Lunatic asylums Madras 1892-1911 - 1892-1911
Year: 1892
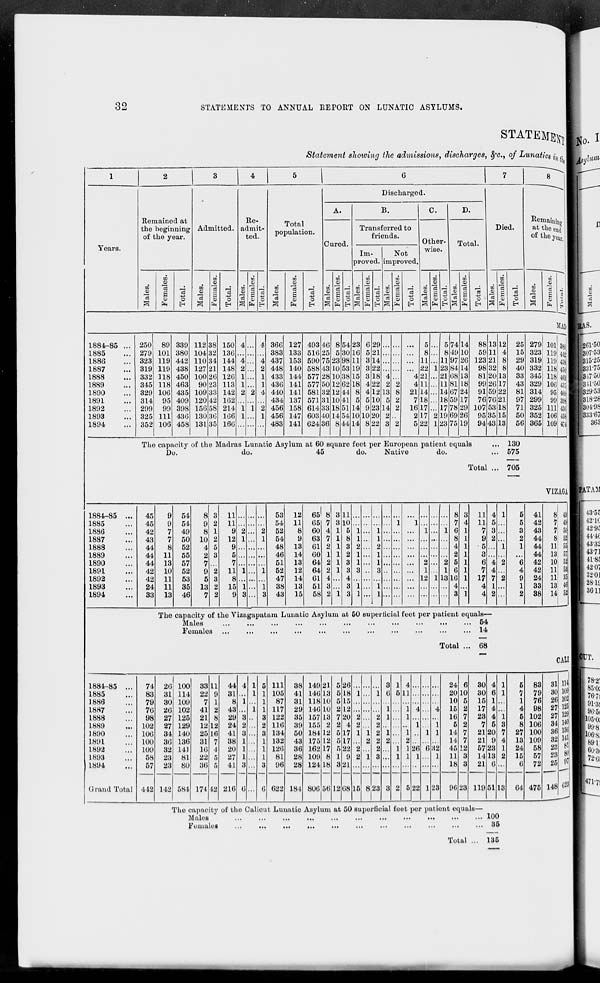
32
STATEMENTS TO ANNUAL REPORT ON LUNATIC ASYLUMS.
STATEMENT
Statement showing the admissions, discharges, &c., of Lunatics in the
1
Years.
2
Remained at
the beginning
of the year.
Males.
Females.
Total.
3
Admitted.
Males.
Females.
Total.
4
Re-
admit-
ted.
Males.
Females.
Total.
5
Total
population.
Males.
Females.
Total.
6
Discharged.
A.
Cured.
Males.
Females.
Total.
B.
Transferred to
friends.
Im-
proved.
Males.
Females.
Total.
Not
improved.
Males.
Females.
Total.
C.
Other-
wise.
Males.
Females.
Total.
D.
Total.
Males.
Females.
Total.
7
Died.
Males.
Females.
Total.
8
Remaining
at the end
of the year.
Males.
Females.
Total.
MAD
1884-85 ...
1885 ...
1886 ...
1887 ...
1888 ...
1889 ...
1890 ...
1891 ...
1892 ...
1893 ...
1894 ...
250
279
323
319
332
345
329
314
299
325
352
89
101
119
119
118
118
106
95
99
111
106
339
380
442
438
450
463
435
409
398
436
458
112
104
110
127
100
90
109
120
156
130
131
38
32
34
21
26
23
33
42
58
36
35
150
136
144
148
126
113
142
162
214
166
166
4
...
4
2
1
1
2
...
1
1
...
...
...
...
...
...
...
2
...
1
...
...
4
...
4
2
1
1
4
...
2
1
...
366
383
437
448
433
436
440
434
456
456
483
127
133
153
140
144
141
141
137
158
147
141
493
516
590
588
577
577
581
571
614
603
624
46
25
75
43
28
50
32
31
33
40
36
8
5
23
10
10
12
12
10
18
14
8
54
30
98
53
38
62
44
41
51
54
44
23
16
11
19
15
18
8
5
14
10
14
6
5
3
3
3
4
4
5
9
10
8
29
21
14
22
18
22
12
10
23
20
22
...
...
...
...
4
2
13
5
14
2
3
...
...
...
...
...
2
8
2
2
...
2
...
...
...
...
4
4
21
7
16
2
5
5
8
11
22
21
11
14
18
17
17
22
...
...
...
1
...
...
...
...
...
2
1
5
8
11
23
21
11
14
18
17
19
23
74
49
97
84
68
81
67
59
78
69
75
14
10
26
14
13
18
24
17
29
26
19
88
59
123
98
81
99
91
76
107
95
94
13
11
21
32
20
26
59
76
53
35
43
12
4
8
8
13
17
22
21
18
15
13
The capacity of the Madras Lunatic Asylum at 60 square feet per European patient equals ...
Do.
do.
45
do.
Native
do. ...
Total ...
25
15
29
40
33
43
81
97
71
50
56
130
575
705
279
323
319
332
345
329
314
299
325
352
365
101
119
110
118
118
106
95
99
111
106
109
380
442
438
450
463
435
409
398
436
458
474
VIZAGA
1884—85 ...
1885 ...
1886 ...
1887 ...
1888 ...
1889 ...
1890 ...
1891 ...
1892 ...
1893 ...
1894 ...
45
45
42
43
44
44
44
42
42
24
33
9
9
7
7
8
11
13
10
11
11
13
54
54
49
50
52
55
57
52
53
35
46
8
9
8
10
4
2
7
9
5
13
7
3
2
1
2
5
3
...
2
3
2
2
11
11
9
12
9
5
7
11
8
15
9
...
...
2
1
...
...
...
1
...
1
3
...
...
...
...
...
...
...
...
...
...
...
...
...
2
1
...
...
...
1
...
1
3
53
54
52
54
48
46
51
52
47
38
43
12
11
8
9
13
14
13
12
14
13
15
65
65
60
63
61
60
64
64
61
51
58
8
7
4
7
2
1
2
2
4
3
2
3
3
1
1
1
1
1
1
...
...
1
11
10
5
8
3
2
3
3
4
3
3
...
...
1
1
2
1
1
3
...
1
1
...
...
...
...
...
...
...
...
...
...
...
...
...
1
1
2
1
1
3
...
1
1
...
...
...
...
...
...
...
...
...
...
...
...
1
...
...
...
...
...
...
...
...
...
...
1
...
...
...
...
...
...
...
...
...
...
...
1
...
...
...
2
1
12
...
...
...
...
...
...
...
...
...
...
1
...
...
...
...
1
...
...
...
2
1
13
...
...
8
7
6
8
4
2
5
6
16
4
3
3
4
1
1
1
1
1
1
1
...
1
11
11
7
9
5
3
6
7
17
4
4
4
5
3
2
...
...
4
4
7
1
2
1
...
...
...
1
...
2
...
2
...
...
The capacity of the Vizagapatam Lunatic Asylum at 50 superficial feet per patient equals—
Males ... ... ... ... ... ... ... ... ... ... ...
Females ... ... ... ... ... ... ... ... ... ... ...
Total ..
54
14
68
5
5
3
2
1
...
6
4
9
1
2
41
42
43
44
44
44
42
42
24
33
38
8
7
7
8
11
13
10
11
11
13
14
49
49
50
52
55
57
52
53
35
46
52
CALI
1884—85 ...
1885 ...
1886 ...
1887 ...
1888 ...
1889 ...
1890 ...
1891 ...
1892 ...
1893 ...
1894 ...
Grand Total
74
83
79
76
98
102
106
100
109
58
57
412
26
31
30
26
27
27
34
36
32
23
23
142
100
114
109
102
125
129
140
136
141
81
80
584
33
22
7
41
21
12
25
31
16
22
36
174
11
9
1
2
8
12
16
7
4
5
5
12
44
31
8
43
29
24
41
38
20
27
41
216
4
...
1
...
3
2
3
1
1
1
3
6
1
1
...
1
...
...
...
...
...
...
...
...
5
1
1
1
3
2
3
1
1
1
3
6
111
105
87
117
122
116
134
132
126
81
96
622
38
41
31
29
35
39
50
43
36
28
28
184
149
146
118
146
157
155
184
175
162
109
124
806
21
13
10
10
13
2
12
12
17
8
18
56
5
5
5
2
7
2
5
5
5
1
3
12
26
18
15
12
20
4
17
17
22
9
21
68
...
1
...
...
2
2
1
...
2
2
...
15
...
...
...
...
...
...
1
2
...
1
...
8
...
1
...
...
2
2
2
2
2
3
...
23
3
6
...
1
1
...
1
2
...
...
...
3
1
5
...
...
...
...
...
...
1
1
...
2
4
11
...
1
1
1
1
2
1
1
...
5
...
...
...
4
...
...
...
...
26
1
...
22
...
...
...
...
...
1
1
...
6
...
...
1
...
...
...
4
...
...
1
...
32
1
...
23
24
20
10
15
16
5
14
14
45
11
18
96
6
10
5
2
7
2
7
7
12
3
3
23
30
30
15
17
23
7
21
21
57
14
21
119
4
6
1
4
4
5
20
9
23
13
6
51
1
1
...
...
1
3
7
4
1
2
...
13
The capacity of the Calicut Lunatic Asylum at 50 superficial feet per patient equals—
Males ... ... ... ... ... ... ... ... ... ... ...
Females ... ... ... ... ... ... ... ... ... ... ...
Total ...
100
35
135
5
7
1
4
5
8
27
13
24
15
6
64
83
79
76
98
102
106
100
109
58
57
72
475
81
30
26
27
27
84
36
32
23
23
25
148
114
109
102
125
129
140
136
141
81
80
97
623